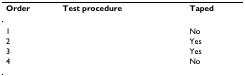
<table><thead><tr><td><b>Order</b></td><td><b>Test procedure</b></td><td><b>Taped</b></td></tr></thead><tbody><tr><td>1</td><td>[EMPTY_CELL]</td><td>No</td></tr><tr><td>2</td><td>[EMPTY_CELL]</td><td>Yes</td></tr><tr><td>3</td><td>[EMPTY_CELL]</td><td>Yes</td></tr><tr><td>4</td><td>[EMPTY_CELL]</td><td>No</td></tr></tbody></table>